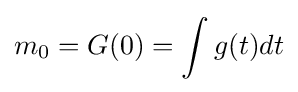
m_{0}=G(0)=\int g(t)dt